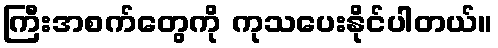
ကြီးအစက်တွေကို ကုသပေးနိုင်ပါတယ်။